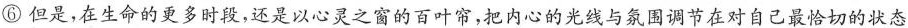
⑥但是，在生命的更多时段，还是以心灵之窗的百叶帘，把内心的光线与氛围调节在对自己最恰切的状态